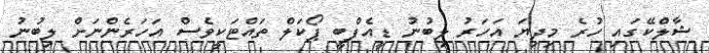
ޝާލްކޭގައި ހުރެ މިދިޔަ އަހަރު ލިބުނު ޑީއެފްބީ ޕޯކަލް ތައްޓަކީވެސް އަހަރެންނަށް ލިބުނު